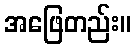
အဖြေတည်း။